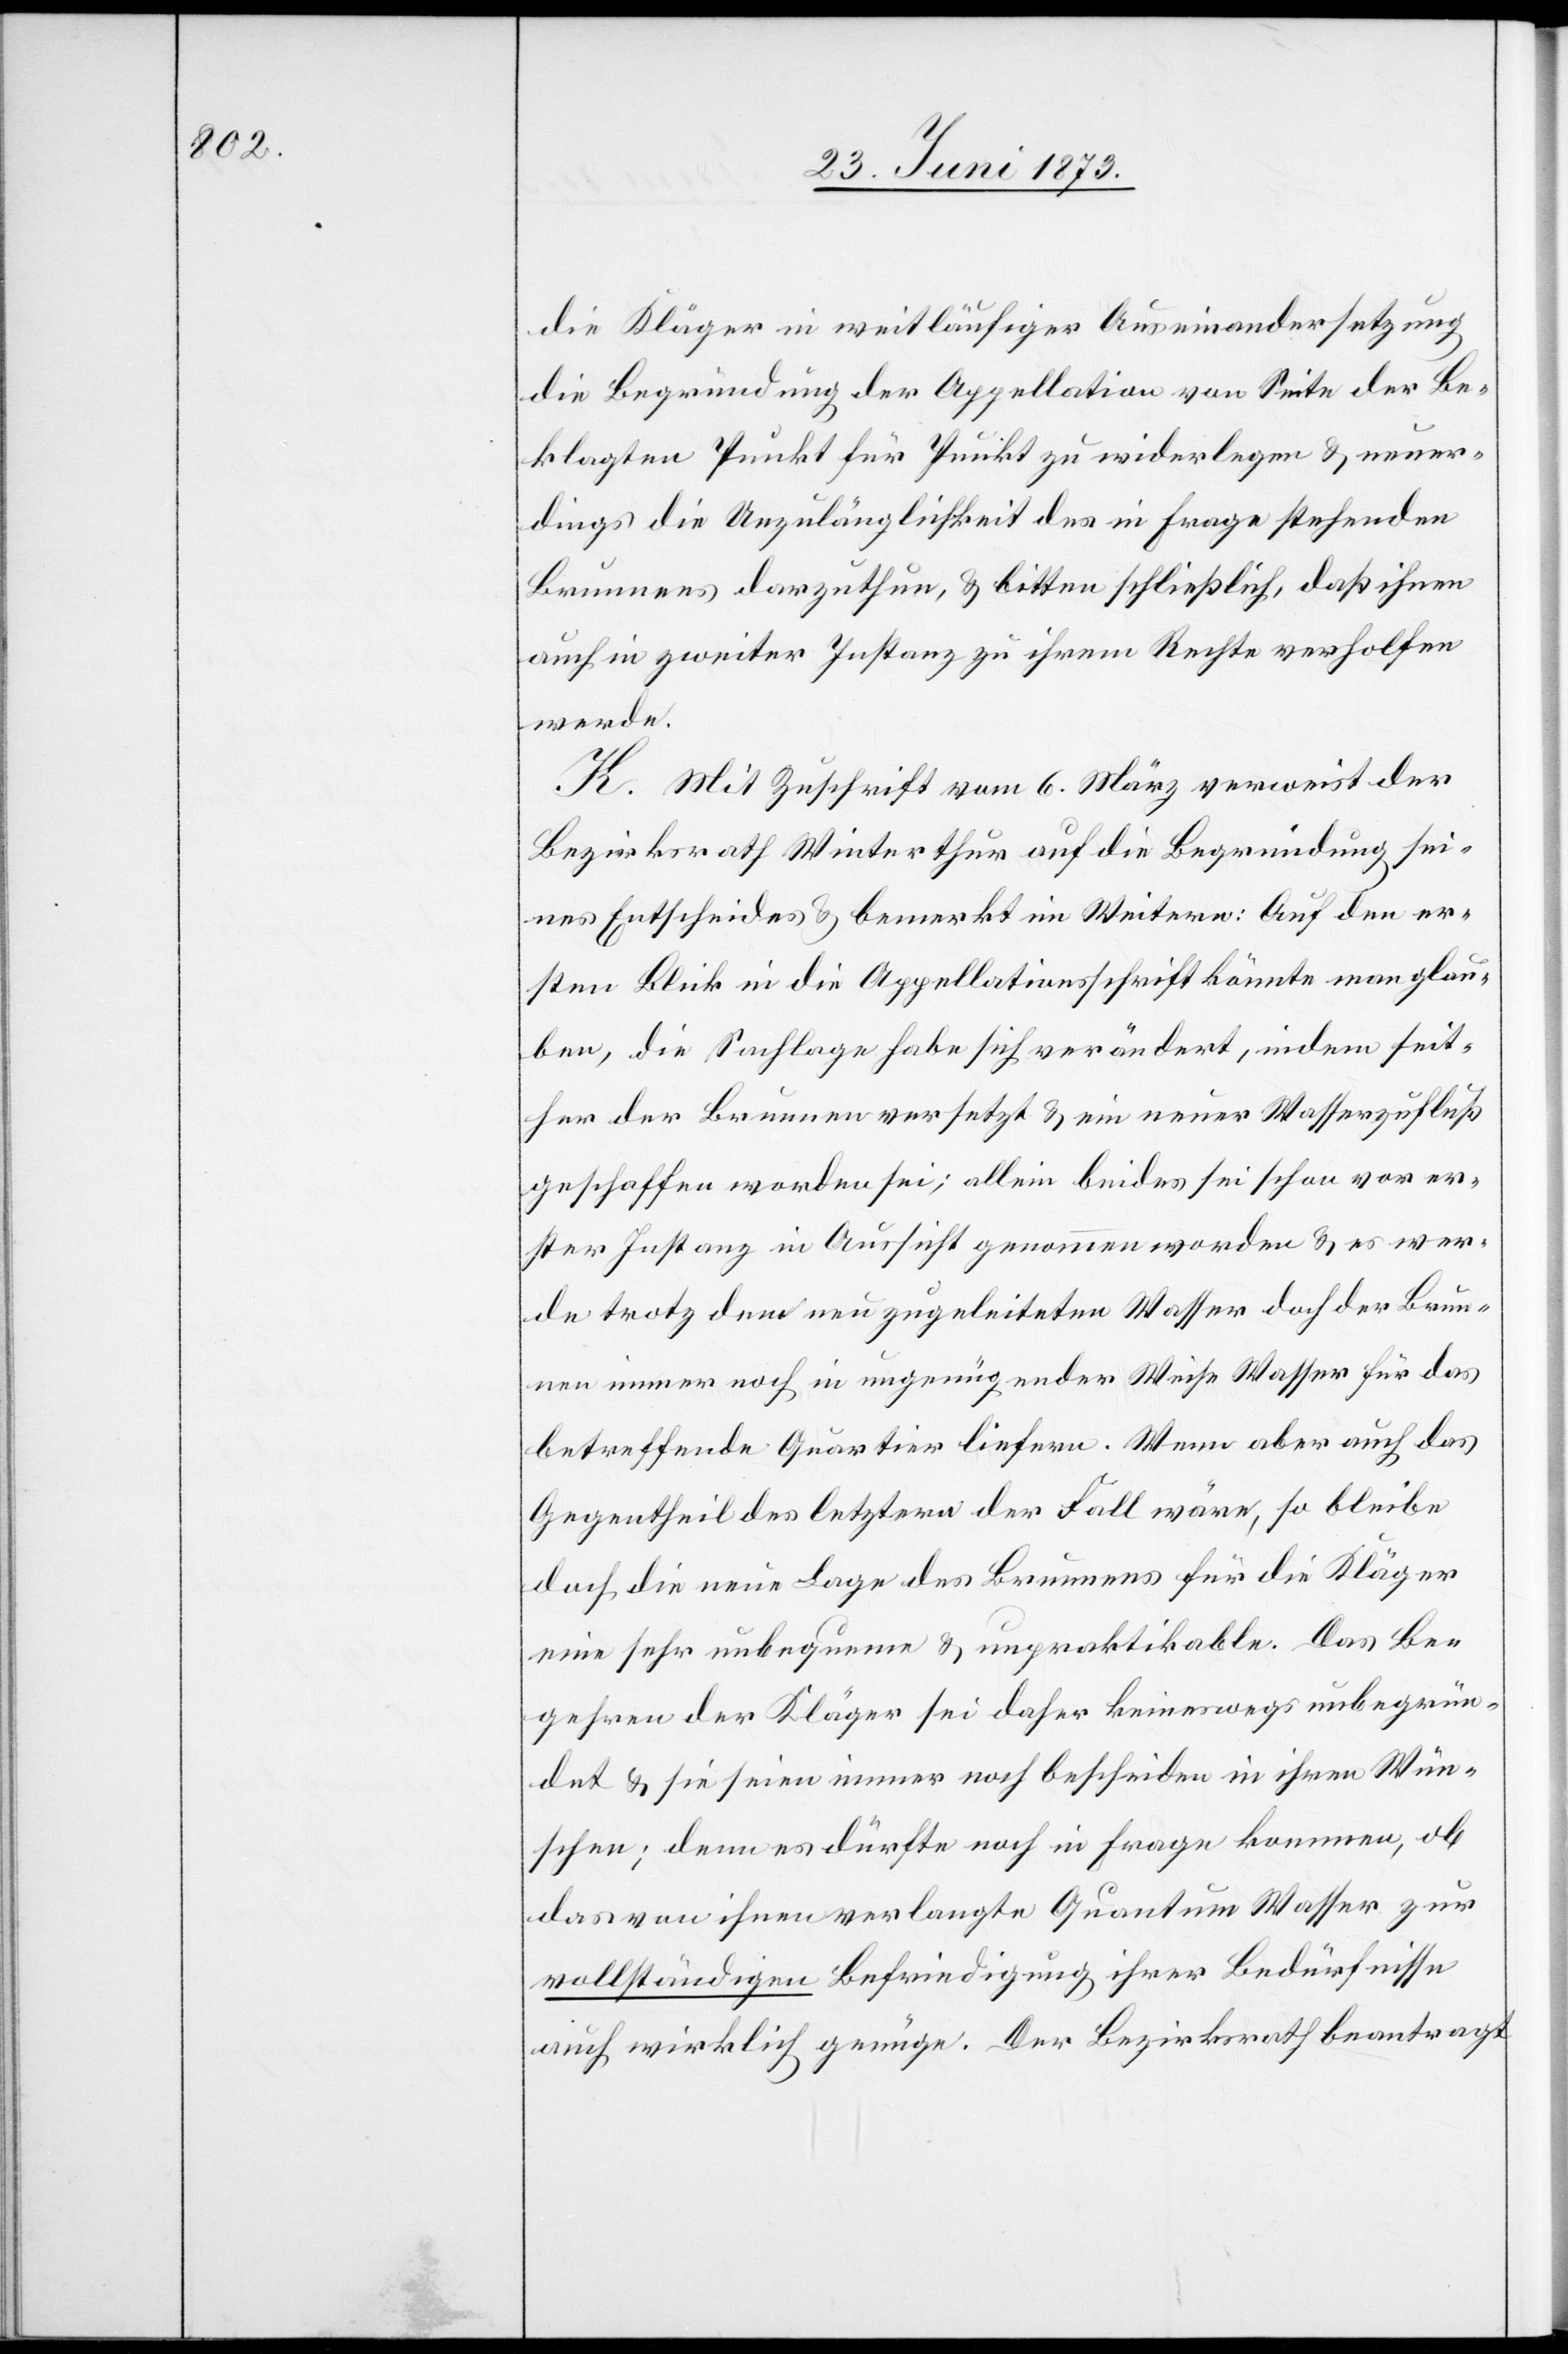
die Kläger in weitläufiger Auseinandersetzung
die Begründung der Appellation von Seite der Be¬
klagten Punkt für Punkt zu widerlegen & neuer¬
dings die Unzulänglichkeit des in Frage stehenden
Brunnens darzuthun, & bitten schließlich, daß ihnen
auch in zweiter Instanz zu ihrem Rechte verholfen
werde.
K. Mit Zuschrift vom 6. März verweist der
Bezirksrath Winterthur auf die Begründung sei¬
nes Entscheides & bemerkt im Weitern: Auf den er¬
sten Blick in die Appellationsschrift könnte man glau¬
ben, die Sachlage habe sich verändert, indem seit¬
her der Brunnen versetzt & ein neuer Wasserzufluß
geschaffen worden sei; allein beides sei schon vor er¬
ster Instanz in Aussicht genommen worden & es wer¬
de trotz dem neu zugeleiteten Wasser doch der Brun¬
nen immer noch in ungenügender Weise Wasser für das
betreffende Quartier liefern. Wenn aber auch das
Gegentheil des letztern der Fall wäre, so bleibe
doch die neue Lage des Brunnenes für die Kläger
eine sehr unbequeme & unpraktikable. Das Be¬
gehren der Kläger sei daher keineswegs unbegrün¬
det & sie seien immer noch bescheiden in ihren Wün¬
schen; denn es dürfte noch in Frage kommen, ob
das von ihnen verlangte Quantum Wasser zur
vollständigen Befriedigung ihrer Bedürfnisse
auch wirklich genüge. Der Bezirksrath beantragt